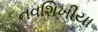
નવશિખીયા